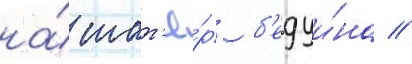
на́ шат'ё́р б'едуи́на //